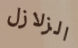
الزلازل